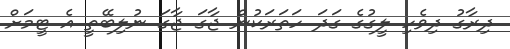
ދިރާގު ދިވެހި ލީގުގެ ގަދަ ހަތަރަކުން ޖާގަ ޖާގަ ނުލިބޭތީ އެ ޓީމަށް